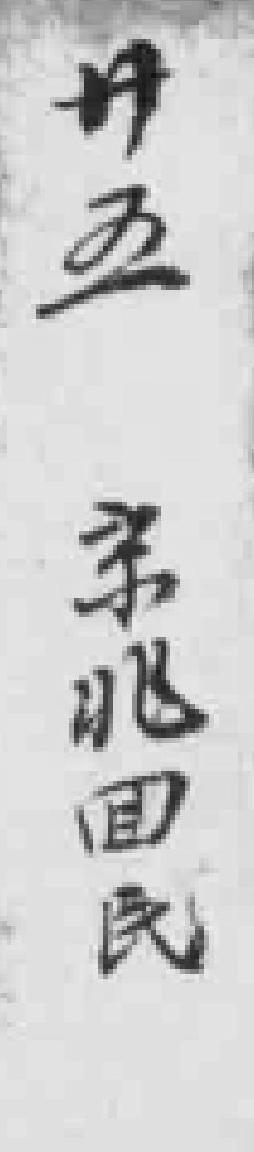
卄五 京兆回民